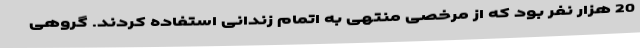
20 هزار نفر بود که از مرخصی منتهی به اتمام زندانی استفاده کردند. گروهی